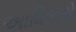
આધિકારો